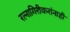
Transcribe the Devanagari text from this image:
रत्नागिरीकरांनाही